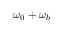
\omega _ { 0 } + \omega _ { b }